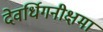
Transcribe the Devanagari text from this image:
देवर्धिगनीक्षमा